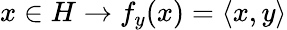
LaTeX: x\in H\to f_{y}(x)=\langle x,y\rangle